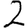
Digit: 2